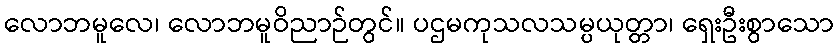
လောဘမူလေ၊ လောဘမူဝိညာဉ်တွင်။ ပဌမကုသလသမ္ပယုတ္တာ၊ ရှေးဦးစွာသော